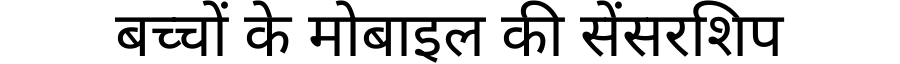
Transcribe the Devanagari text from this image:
बच्चों के मोबाइल की सेंसरशिप